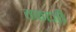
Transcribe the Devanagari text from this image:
तकाज़ी